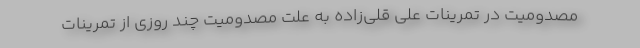
مصدومیت در تمرینات علی قلی‌زاده به علت مصدومیت چند روزی از تمرینات